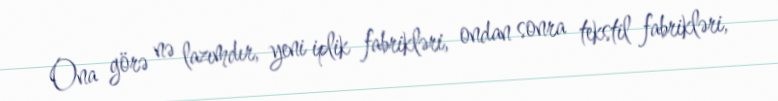
Ona görə nə lazımdır, yeni iplik fabrikləri, ondan sonra tekstil fabrikləri,